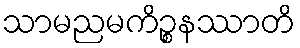
သာမညမကိဉ္စနဿာတိ